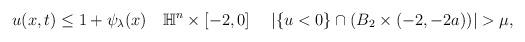
LaTeX: \begin{align*} \begin{aligned} u(x,t)\leq 1+\psi_{\lambda}(x) ~~~\mathbb{H}^n\times[-2,0] ~~~~|\{u<0\}\cap (B_2\times(-2,-2a))|>\mu,\\ \end{aligned} \end{align*}